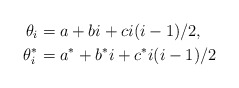
\begin{align*}\theta_i & = a + bi + ci(i-1)/2, \\\theta^*_i & = a^* + b^*i + c^*i(i-1)/2 \end{align*}